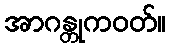
အာဂန္တုကဝတ်။